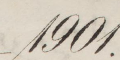
1901